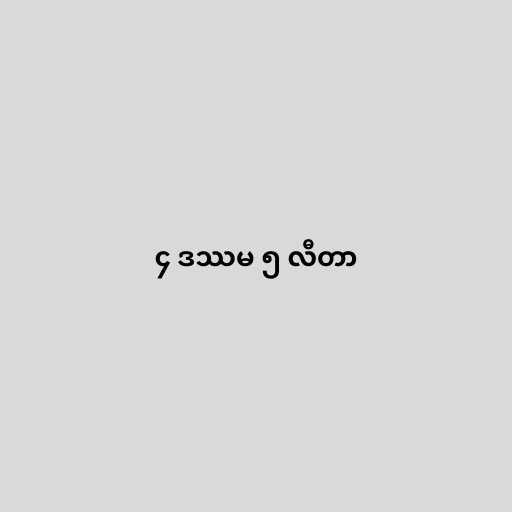
၄ ဒဿမ ၅ လီတာ